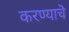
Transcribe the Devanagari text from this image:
करण्याचॆ